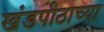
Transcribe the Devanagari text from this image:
खंडपीठाच्या